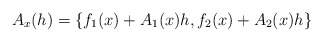
\begin{align*}A_x(h) = \{f_1(x) + A_1(x)h,f_2(x) + A_2(x)h\}\end{align*}